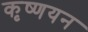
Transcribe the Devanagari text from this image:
कृष्णयन